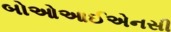
બોઓઆઈએનસી